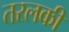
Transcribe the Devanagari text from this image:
तरलकी